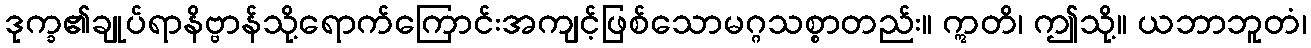
ဒုက္ခ၏ချုပ်ရာနိဗ္ဗာန်သို့ရောက်ကြောင်းအကျင့်ဖြစ်သောမဂ္ဂသစ္စာတည်း။ ဣတိ၊ ဤသို့။ ယဘာဘူတံ၊